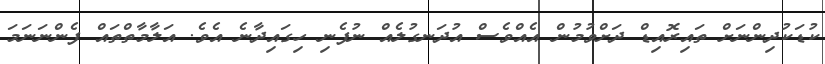
ކުޑަކުދިންނަށް ތައިރޮއިޑް ދަށްވުމުން އެއްވެސް އުދަނގުލެއް ނުފެނި ހިގައިދާނެ އެވެ. އަލާމާތްތައް ފެންނަނަމަ